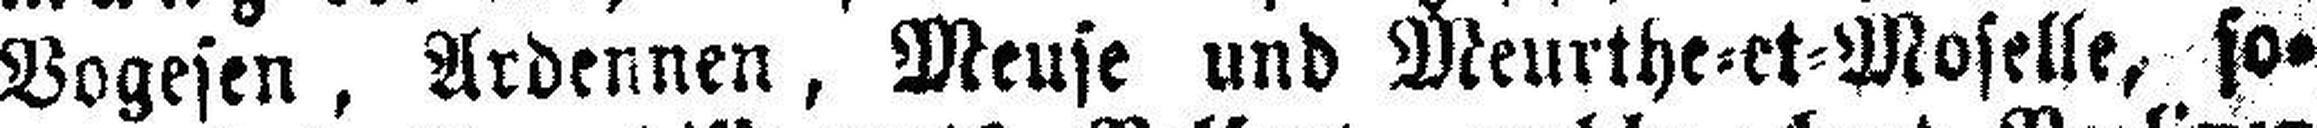
Vogesen, Ardennen, Meuse und Meurthe=et=Moselle, so¬